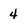
Character: 4